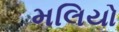
મલિયો